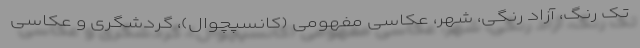
تک رنگ، آزاد رنگی، شهر، عکاسی مفهومی (کانسپچوال)، گردشگری و عکاسی